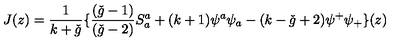
J ( z ) = \frac { 1 } { k + \check { g } } \{ \frac { ( \check { g } - 1 ) } { ( \check { g } - 2 ) } S _ { a } ^ { a } + ( k + 1 ) \psi ^ { a } \psi _ { a } - ( k - \check { g } + 2 ) \psi ^ { + } \psi _ { + } \} ( z )